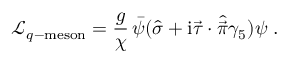
\mathcal { L } _ { q - { \mathrm { m e s o n } } } = { \frac { g } { \chi } } \, \bar { \psi } ( \hat { \sigma } + \mathrm { i } \vec { \tau } \cdot \hat { \vec { \pi } } \gamma _ { 5 } ) \psi \; .